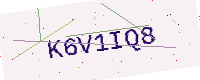
Text: K6V1IQ8